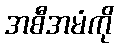
အစီအမံကို